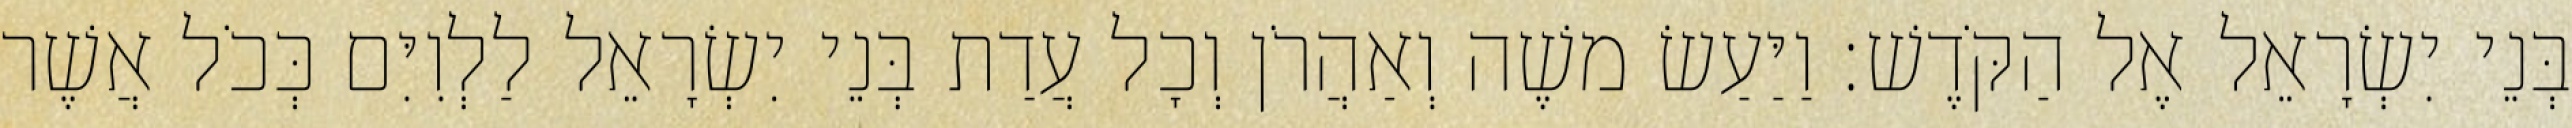
בְּנֵי יִשְׂרָאֵל אֶל הַקֹּדֶשׁ׃ וַיַּעַשׂ משֶׁה וְאַהֲרֹן וְכָל עֲדַת בְּנֵי יִשְׂרָאֵל לַלְוִיִּם כְּכֹל אֲשֶׁר